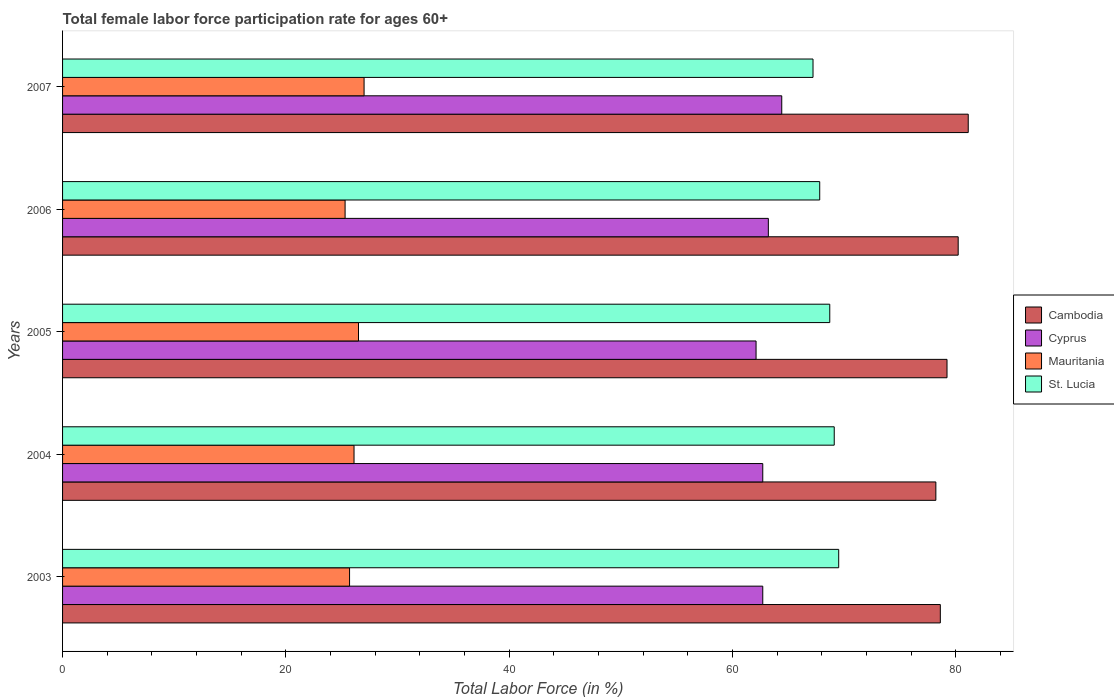
| Years | Cambodia | Cyprus | Mauritania | St. Lucia |
 | --- | --- | --- | --- | --- |
 | 2003 | 78.6 | 62.7 | 25.7 | 69.5 |
 | 2004 | 78.2 | 62.7 | 26.1 | 69.1 |
 | 2005 | 79.2 | 62.1 | 26.5 | 68.7 |
 | 2006 | 80.2 | 63.2 | 25.3 | 67.8 |
 | 2007 | 81.1 | 64.4 | 27 | 67.2 |